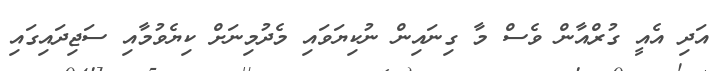
އަދި އެއީ ގުރްއާން ވެސް މާ ގިނައިން ނުކިޔަވައި މެދުމިނަށް ކިޔެވުމާއި ސަޖިދައިގައި